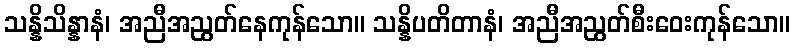
သန္နိသိန္နာနံ၊ အညီအညွတ်နေကုန်သော။ သန္နိပတိတာနံ၊ အညီအညွတ်စီးဝေးကုန်သော။